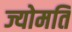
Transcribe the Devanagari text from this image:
ज्योमति